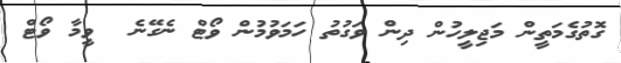
ގޮތުގެމަތީން މަޖިލީހުން ދިން ވަގުތު ހަމަވުމުން ވޯޓް ނެގޭނެ  ވީމާ ވޯޓް